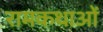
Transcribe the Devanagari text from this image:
रामकथाओं